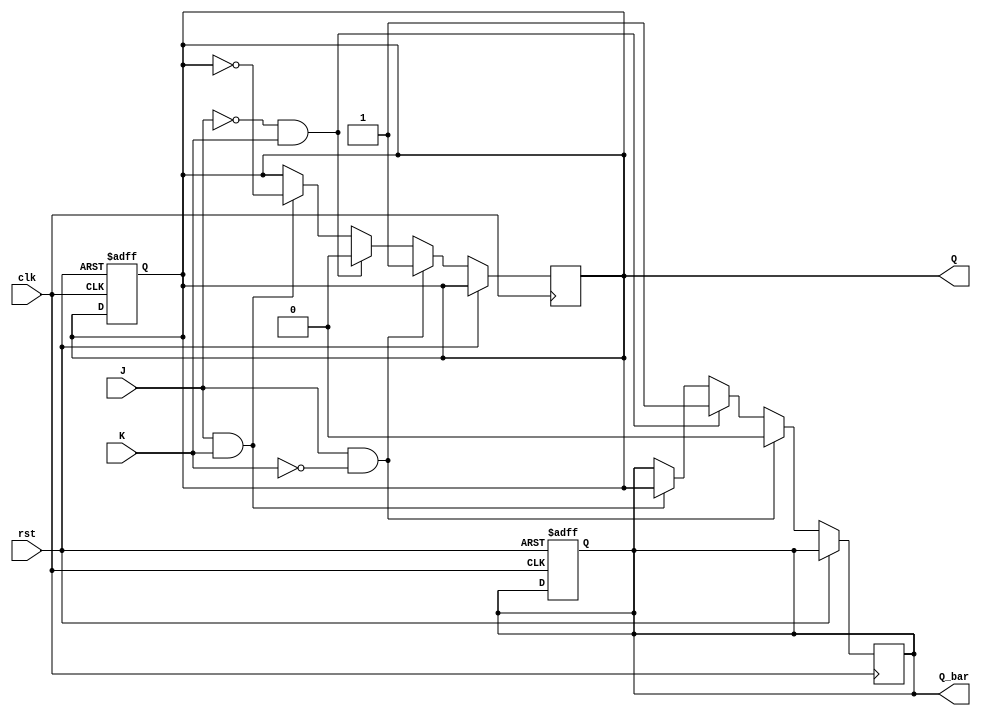
module neg_edge_jk_ff (
    input wire J,
    input wire K,
    input wire clk,
    input wire rst,
    output reg Q,
    output reg Q_bar
);

reg Q_next, Q_bar_next;

always @ (negedge clk or posedge rst) begin
    if (rst) begin
        Q <= 1'b0;
        Q_bar <= 1'b1;
    end else begin
        if (J & ~K) begin
            Q_next <= 1'b1;
            Q_bar_next <= 1'b0;
        end else if (~J & K) begin
            Q_next <= 1'b0;
            Q_bar_next <= 1'b1;
        end else if (J & K) begin
            Q_next <= ~Q;
            Q_bar_next <= Q;
        end else begin
            Q_next <= Q;
            Q_bar_next <= Q_bar;
        end
    end
end

always @* begin
    Q <= Q_next;
    Q_bar <= Q_bar_next;
end

endmodule